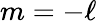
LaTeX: m=-\ell